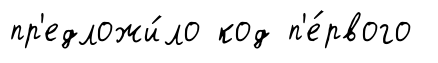
пр'едложи́ло код п'е́рвого